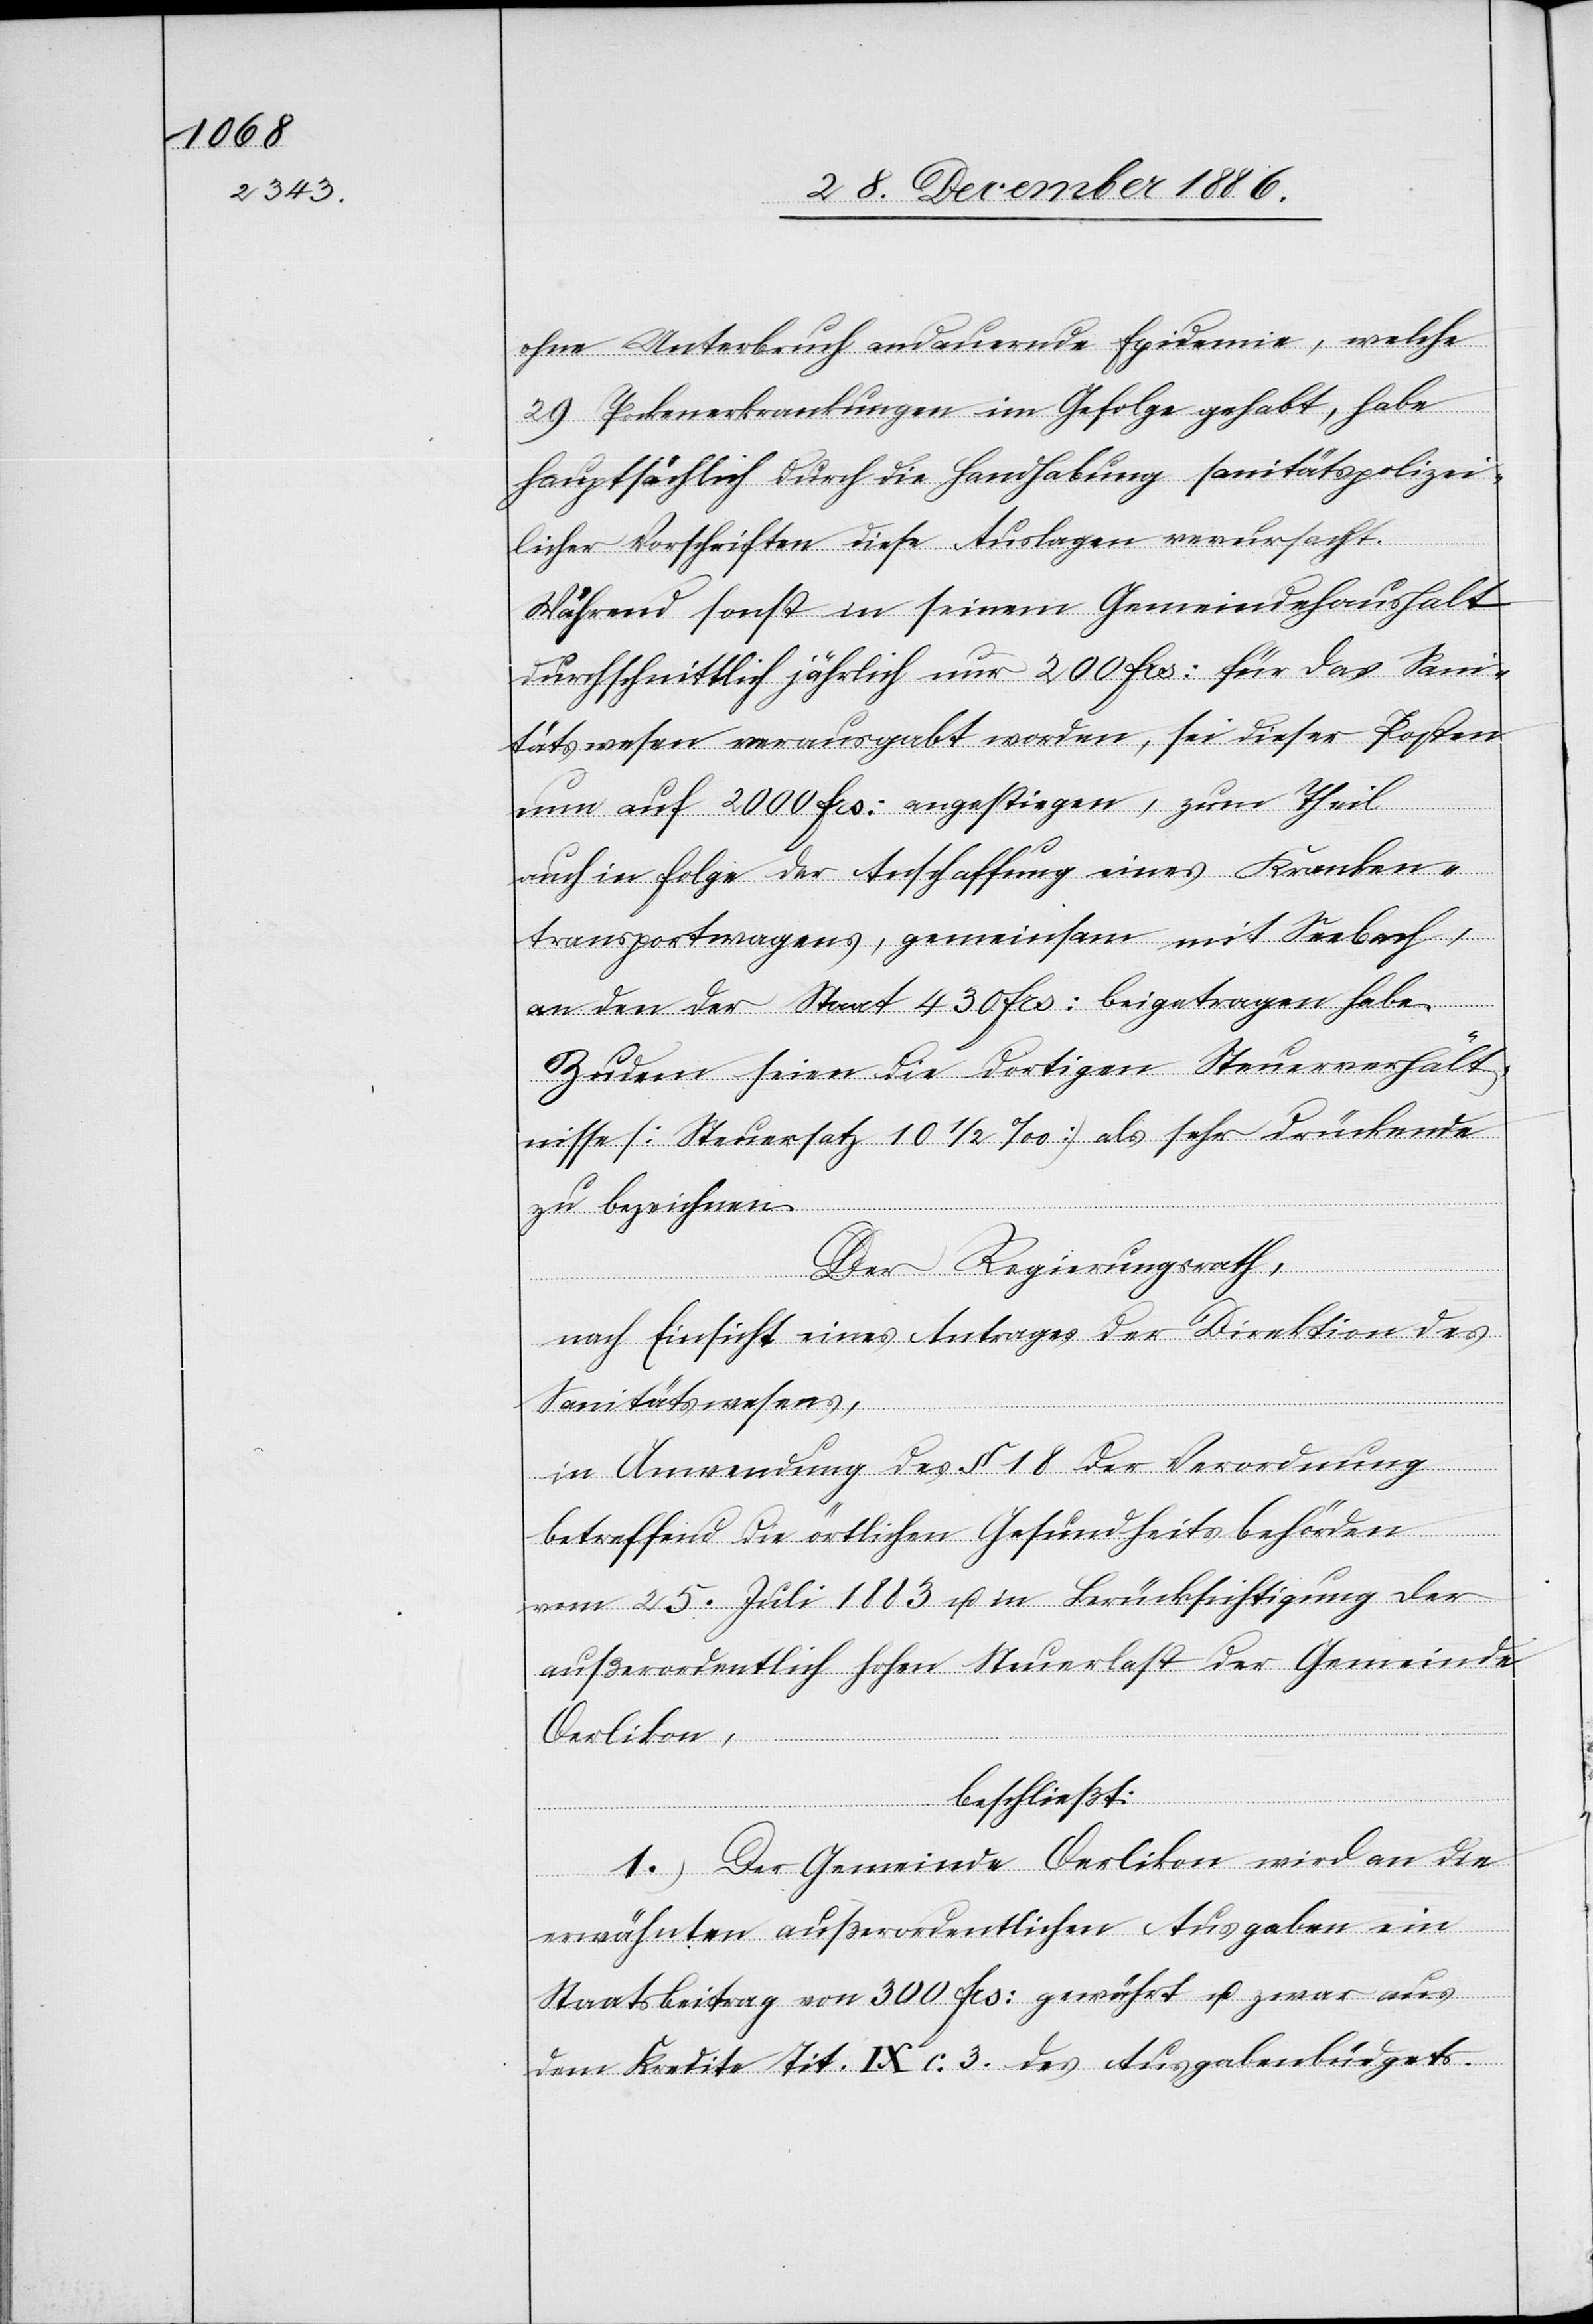
ohne Unterbruch andauernde Epidemie, welche
29. Pockenerkrankungen im Gefolge gehabt, habe
hauptsächlich durch die Handhabung sanitätspolizei¬
licher Vorschriften diese Auslagen verursacht.
Während sonst in seinem Gemeindehaushalt
durchschnittlich jährlich nur 200 Frs: für das Sani¬
tätswesen verausgabt worden, sei dieser Posten
nun auf 2000 Frs: angestiegen, zum Theil
auch in Folge der Anschaffung eines Kranken¬
transportwagens, gemeinsam mit Seebach,
an den der Staat 430 Frs: beigetragen habe.
Zudem seien die dortigen Steuerverhält¬
nisse (Steuersatz 10 1/2‰) als sehr drückende
zu bezeichnen.
Der Regierungsrath,
nach Einsicht eines Antrages der Direktion des
Sanitätswesens,
in Anwendung des § 18 der Verordnung
betreffend die örtlichen Gesundheitsbehörden
vom 25. Juli 1883 u. in Berücksichtigung der
außerordentlich hohen Steuerlast der Gemeinde
Oerlikon,
beschließt:
1.) Der Gemeinde Oerlikon wird an die
erwähnten außerordentlichen Ausgaben ein
Staatsbeitrag von 300 Frs: gewährt u. zwar aus
dem Kredite Tit. IX. c. 3. des Ausgabenbüdgets.